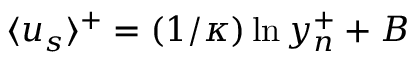
\langle u _ { s } \rangle ^ { + } = ( 1 / \kappa ) \ln { y _ { n } ^ { + } } + B